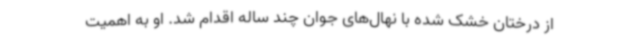
از درختان خشک شده با نهال‌های جوان چند ساله اقدام شد. او به اهمیت